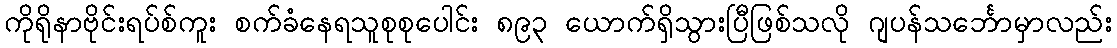
ကိုရိုနာဗိုင်းရပ်စ်ကူး စက်ခံနေရသူစုစုပေါင်း ၈၉၃ ယောက်ရှိသွားပြီဖြစ်သလို ဂျပန်သင်္ဘောမှာလည်း